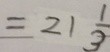
= 2 1 \frac { 1 } { 3 }